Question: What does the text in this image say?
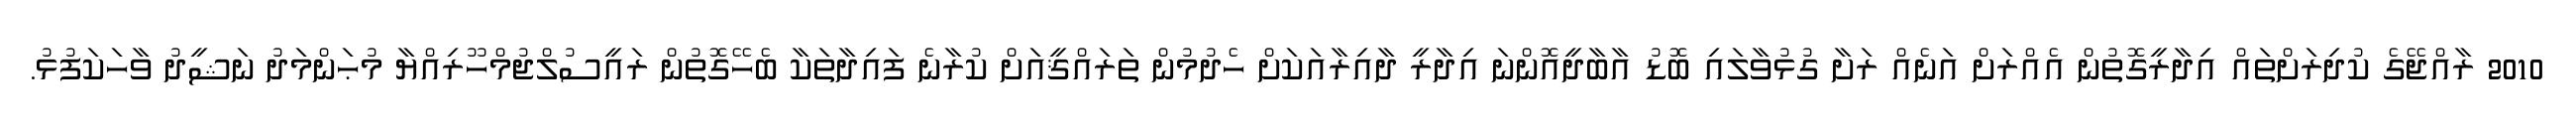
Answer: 2010 ރާއްޖޭގެ ކުދިރަށްތައް އިދާރީގޮތުން އެއްރަށް އަނެއް ރަށާ ގުޅުވާލައި ބޮޑު އާބާދީއޮންނަ އިދާރީ ދާއިރާއަކަށް ހެދުމުން ތަރައްޤީއަށް ކުރާނެ ފައިދާތަކާ ބެހޭގޮތުން ރައީސުލްޖުމްހޫރިއްޔާ މުޙަންމަދު ނަޝީދު ވާހަކަފުޅު.